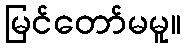
မြင်တော်မမူ။